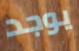
يوجد